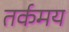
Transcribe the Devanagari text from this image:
तर्कमय